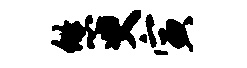
悠臾寅